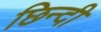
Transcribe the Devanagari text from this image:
छिन्दी